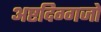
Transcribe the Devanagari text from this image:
अष्टदिग्गजों